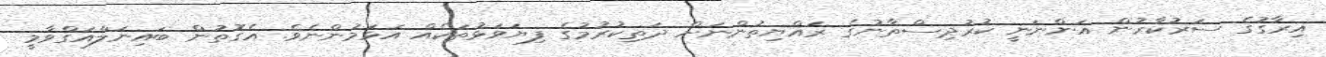
އިރާގުގެ ސަރުކާރުން އަންނަނީ ކުރުދިސްތާނުގެ ރައްޔިތުންނަށް ދަތިކުރުމުގެ ފިޔަވަޅުތަކެއް އަޅަމުންނެވެ. އެގޮތުން ބައިނަލްއަގްވާމީ